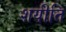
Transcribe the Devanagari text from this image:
शयीति